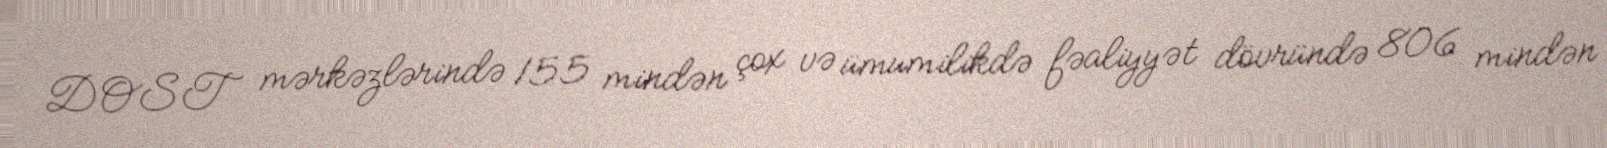
DOST mərkəzlərində 155 mindən çox və ümumilikdə fəaliyyət dövründə 806 mindən